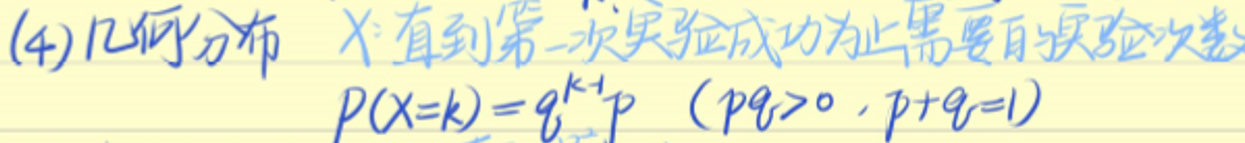
(4)几何分布\(X\)：直到第一次实验成功为止需要的实验次数

\(P(X = k)=q^{k - 1}p\) \((pq>0,p + q = 1)\)